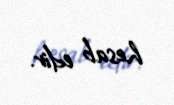
hesab edir.